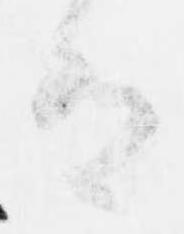
有